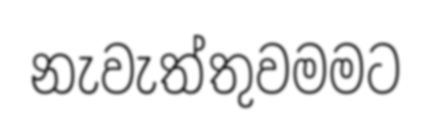
නැවැත්තුවමමට